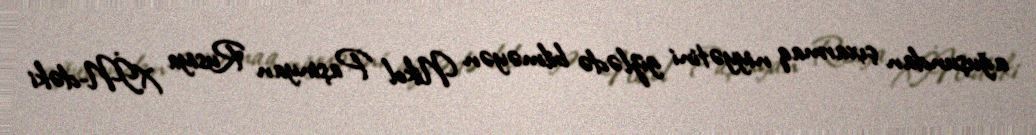
ağuşundan çıxarmaq niyyətini gizlədə bilməyən Nikol Paşinyan Rusiya XİN-dəki